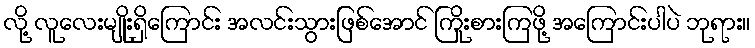
လို့ လူလေးမျိုးရှိကြောင်း အလင်းသွားဖြစ်အောင် ကြိုးစားကြဖို့ အကြောင်းပါပဲ ဘုရား။